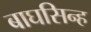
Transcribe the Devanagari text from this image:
बाघसिन्ह